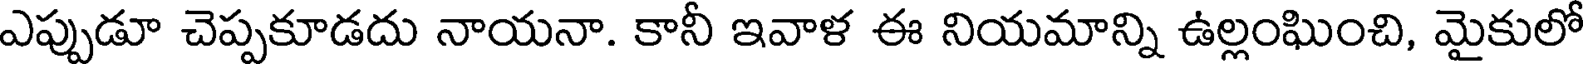
ఎప్పుడూ చెప్పకూడదు నాయనా. కానీ ఇవాళ ఈ నియమాన్ని ఉల్లంఘించి, మైకులో